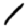
Digit: 1